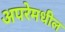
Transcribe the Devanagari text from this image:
अपरेमधील